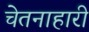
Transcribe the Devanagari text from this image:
चेतनाहारी